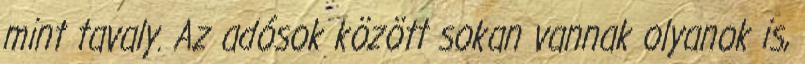
mint tavaly. Az adósok között sokan vannak olyanok is,